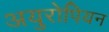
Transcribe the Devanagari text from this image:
अयुरोपियन